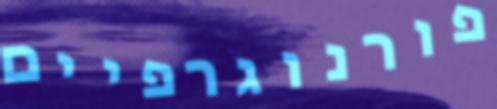
פורנוגרפיים